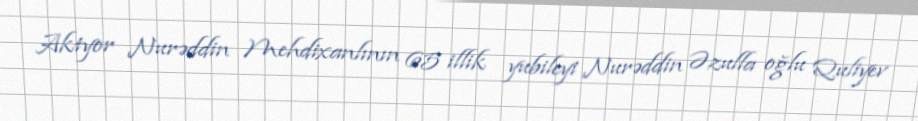
Aktyor Nurəddin Mehdixanlının 65 illik yubileyi Nurəddin Əzulla oğlu Quliyev